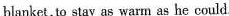
blanket,to stay as warm as he could.